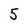
Character: 5